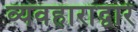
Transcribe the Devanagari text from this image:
व्यवहारांद्वारे